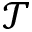
\mathcal { T }